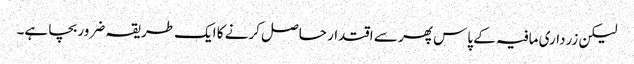
لیکن زرداری مافیہ کے پاس پھر سے اقتدار حاصل کرنے کا ایک طریقہ ضرور بچا ہے۔